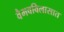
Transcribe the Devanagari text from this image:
वैभवविलासात